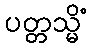
ပတ္တသ္မိံ